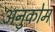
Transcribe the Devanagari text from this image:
अनुकोम